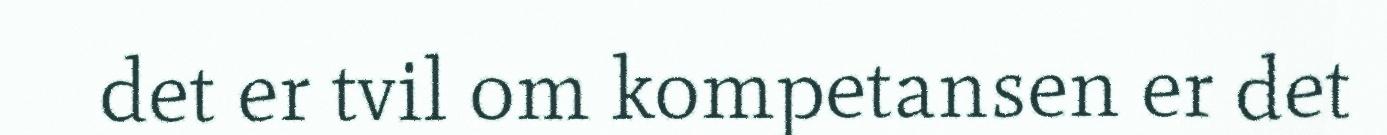
det er tvil om kompetansen er det